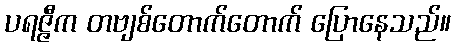
ပရဇ္ဇီက တဗျစ်တောက်တောက် ပြောနေသည်။